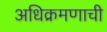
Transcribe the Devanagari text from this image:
अधिक्रमणाची